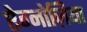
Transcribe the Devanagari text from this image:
ऐग्नोज़िया